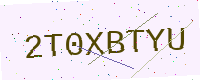
Text: 2T0XBTYU